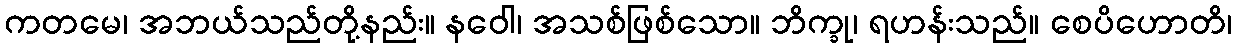
ကတမေ၊ အဘယ်သည်တို့နည်း။ နဝေါ၊ အသစ်ဖြစ်သော။ ဘိက္ခု၊ ရဟန်းသည်။ စေပိဟောတိ၊